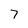
Character: 7